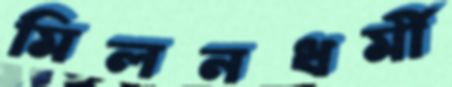
মিলনধর্মী